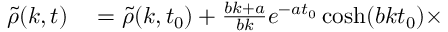
\begin{array} { r l } { \tilde { \rho } ( k , t ) } & { { } = \tilde { \rho } ( k , t _ { 0 } ) + \frac { b k + a } { b k } e ^ { - a t _ { 0 } } \cosh ( b k t _ { 0 } ) \times } \end{array}